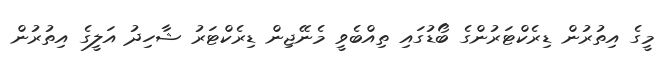
މީގެ އިތުރުން ޑިރެކްޓަރުންގެ ބޯޑުގައި ތިއްބެވީ މެނޭޖިން ޑިރެކްޓަރު ޝާހިދު އަލީގެ އިތުރުން